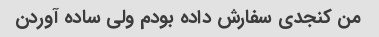
من کنجدی سفارش داده بودم ولی ساده آوردن